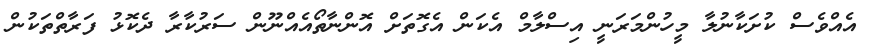
އެއްވެސް ކުށަކާނުލާ މީހުންމަރަނީ އިސްލާމް އެކަން އެގޮތަށް އޮންނާތޯއެއްނޫން ސަރުކާރާ ދެކޮޅު ފަރާތްތަކުން